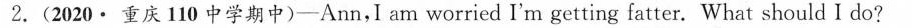
2.(2020·重庆110中学期中)—Ann,I am worried I'm getting fatter. What should I do?